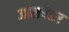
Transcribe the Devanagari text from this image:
जासपेहर